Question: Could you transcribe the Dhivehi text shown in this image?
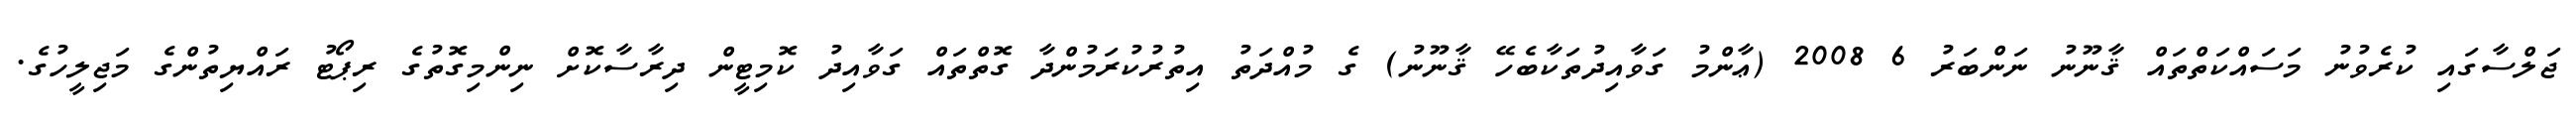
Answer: ޖަލްސާގައި ކުރެވުނު މަސައްކަތްތައް ޤާނޫނު ނަންބަރު 6 2008 (ޢާންމު ގަވާއިދުތަކާބެހޭ ޤާނޫނު) ގެ މުއްދަތު އިތުރުކުރަމުންދާ ގޮތްތައް ގަވާއިދު ކޮމިޓީން ދިރާސާކޮށް ނިންމިގޮތުގެ ރިޕޯޓު ރައްޔިތުންގެ މަޖިލީހުގެ.